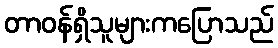
တာဝန်ရှိသူများကပြောသည်